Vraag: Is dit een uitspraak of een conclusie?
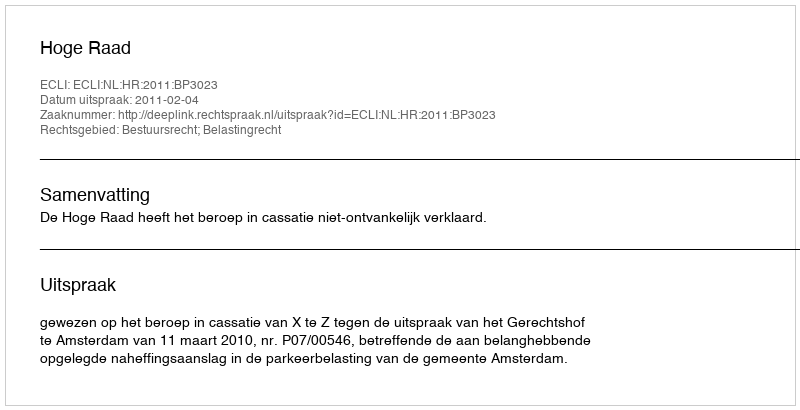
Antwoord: Uitspraak